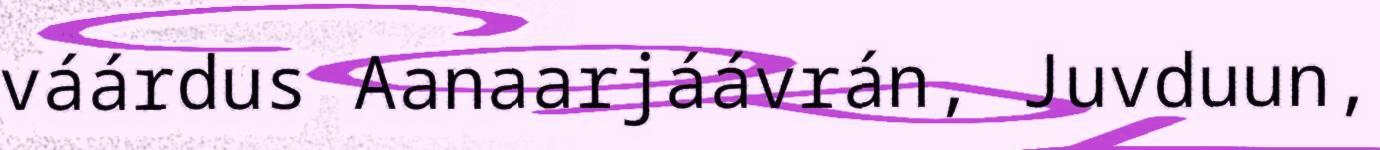
váárdus Aanaarjáávrán, Juvduun,